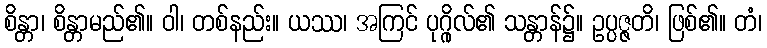
စိန္တာ၊ စိန္တာမည်၏။ ဝါ၊ တစ်နည်း။ ယဿ၊ အကြင် ပုဂ္ဂိုလ်၏ သန္တာန်၌။ ဥပ္ပဇ္ဇတိ၊ ဖြစ်၏။ တံ၊